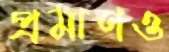
প্রমাণও